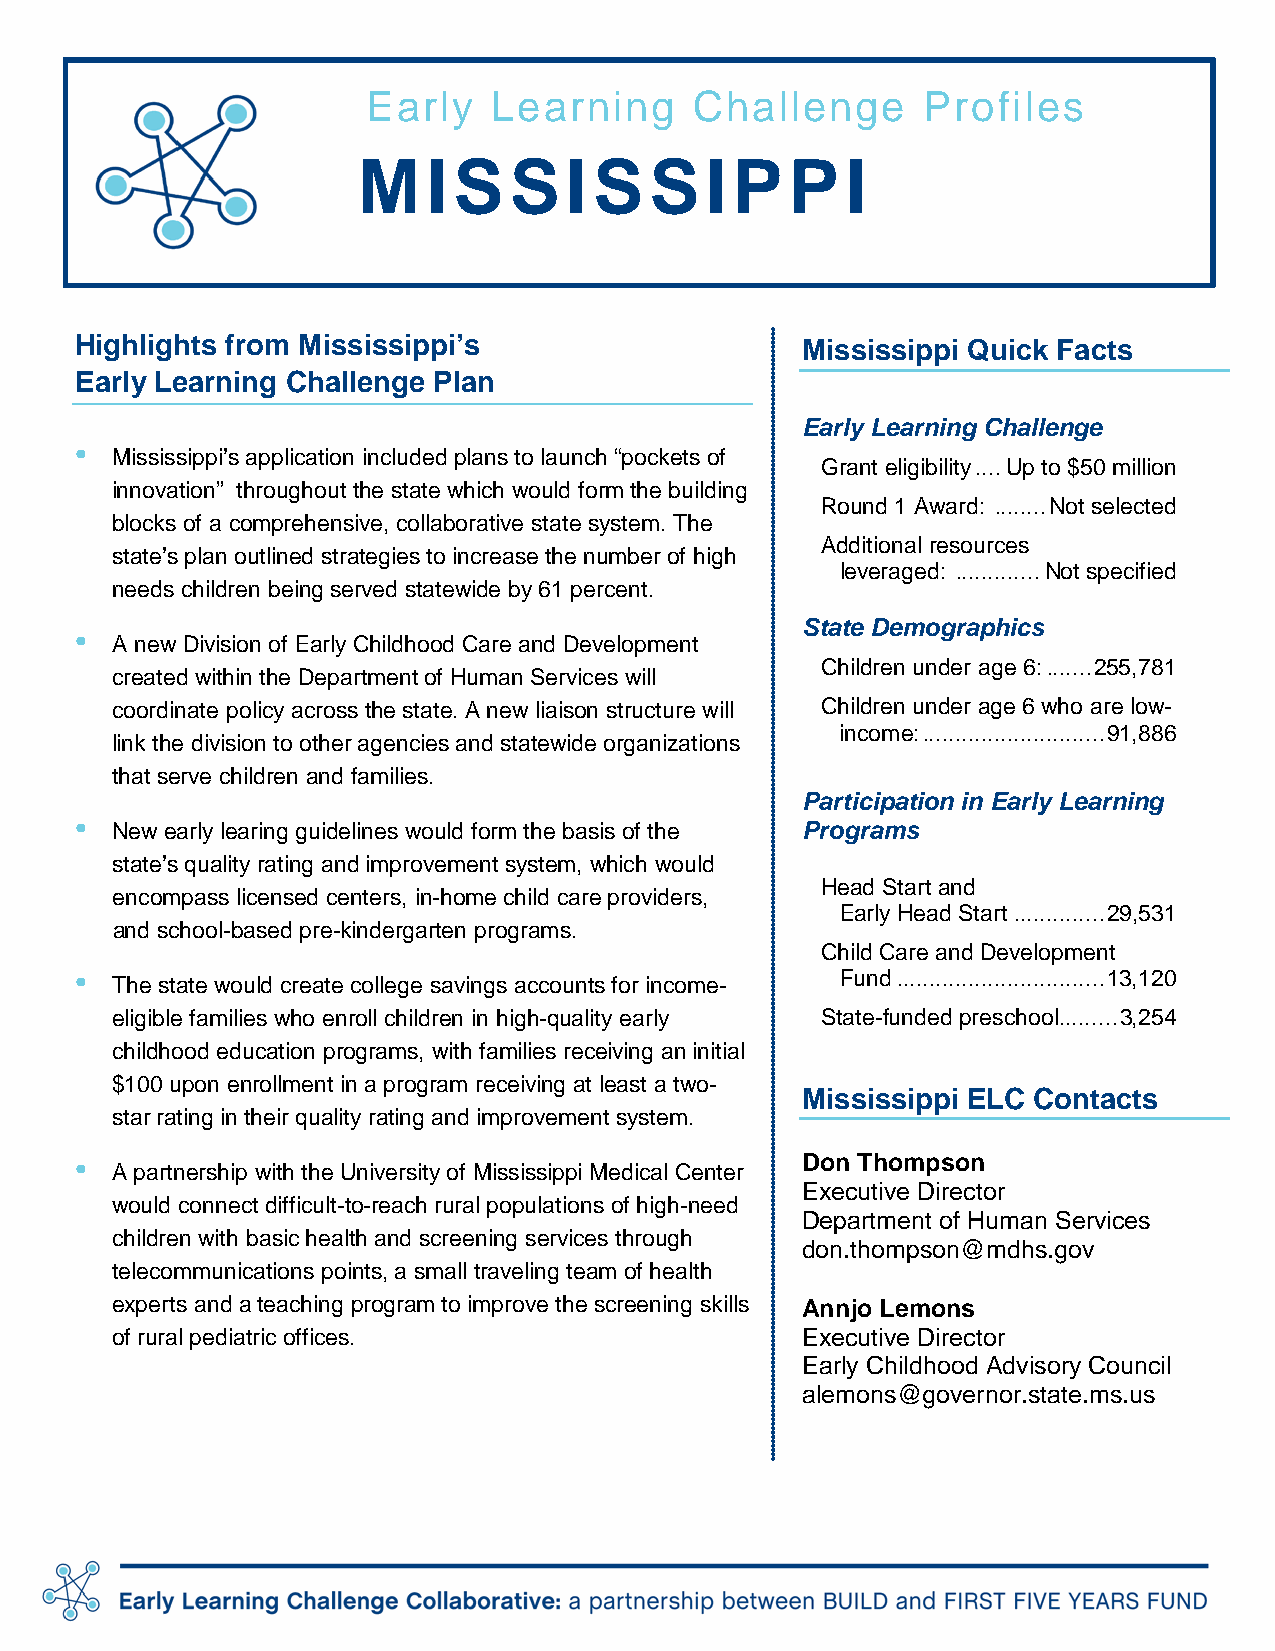
Early    Learning     Challenge      Profiles
 M   ISSI       SSIPP            I
 Highlights from Mississippi’s                   Mississippi Quick Facts
 Early Learning Challenge Plan
 Early Learning Challenge
 •
 Mississippi’s application included plans to launch “pockets of
 Grant eligibility .... Up to $50 million
 innovation” throughout the state which would form the building
 Round 1 Award: ........ Not selected
 blocks of a comprehensive, collaborative state system. The
 Additional resources
 state’s plan outlined strategies to increase the number of high
 leveraged: ............. Not specified
 needs children being served statewide by 61 percent.
 State Demographics
 •
 A new Division of Early Childhood Care and Development
 Children under age 6: ....... 255,781
 created within the Department of Human Services will
 coordinate policy across the state. A new liaison structure will Children under age 6 who are low-
 income: ............................ 91,886
 link the division to other agencies and statewide organizations
 that serve children and families.
 Participation in Early Learning
 •
 New early learing guidelines would form the basis of the Programs
 state’s quality rating and improvement system, which would
 Head Start and
 encompass licensed centers, in-home child care providers,
 Early Head Start .............. 29,531
 and school-based pre-kindergarten programs.
 Child Care and Development
 •                                                  Fund ................................ 13,120
 The state would create college savings accounts for income-
 eligible families who enroll children in high-quality early State-funded preschool ......... 3,254
 childhood education programs, with families receiving an initial
 $100 upon enrollment in a program receiving at least a two-
 Mississippi ELC Contacts
 star rating in their quality rating and improvement system.
 •                                               Don Thompson
 A partnership with the University of Mississippi Medical Center
 Executive Director
 would connect difficult-to-reach rural populations of high-need
 Department of Human Services
 children with basic health and screening services through
 don.thompson@mdhs.gov
 telecommunications points, a small traveling team of health
 experts and a teaching program to improve the screening skills Annjo Lemons
 of rural pediatric offices.                   Executive Director
 Early Childhood Advisory Council
 alemons@governor.state.ms.us